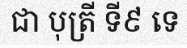
ជា បុត្រី ទី៩ ទេ